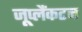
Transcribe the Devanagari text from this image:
जूप्लैंकटन